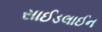
સાઈડલાઈન